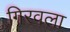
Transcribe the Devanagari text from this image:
गिरवला